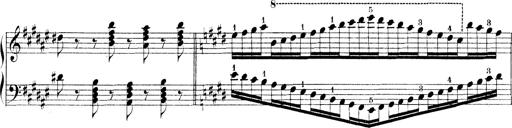
Title: Technische Studien
Composer: Franz Liszt